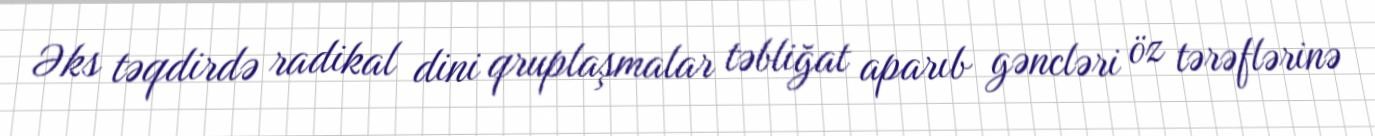
Əks təqdirdə radikal dini qruplaşmalar təbliğat aparıb gəncləri öz tərəflərinə